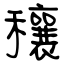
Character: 穰